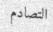
التصادم